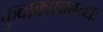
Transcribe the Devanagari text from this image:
कुवाक्यप्रबन्धः